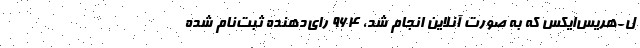
ل-هریس‌ایکس که به صورت آنلاین انجام شد، ۹۶۴ رای‌دهنده ثبت‌نام شده